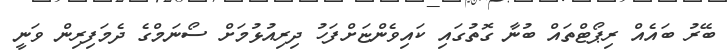
ބޭރު ބައެއް ރިޕޯޓްތައް ބުނާ ގޮތުގައި ކައިވެންޏަށްފަހު ދިރިއުޅުމަށް ސޯނަމްގެ ދެމަފިރިން ވަނީ